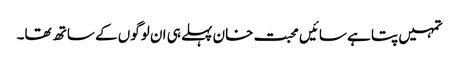
تمہیں پتا ہے سائیں محبت خان پہلے ہی ان لوگوں کے ساتھ تھا۔